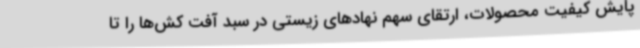
پایش کیفیت محصولات، ارتقای سهم نهادهای زیستی در سبد آفت کش‌ها را تا